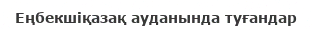
Еңбекшіқазақ ауданында туғандар